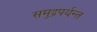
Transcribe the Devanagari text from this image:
समुद्रपर्यन्त